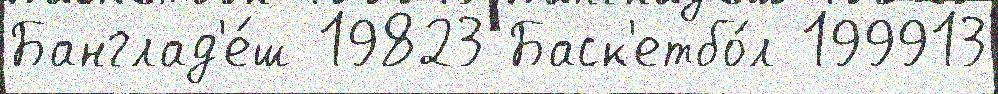
Банглад'е́ш 19823 Баск'етбо́л 199913